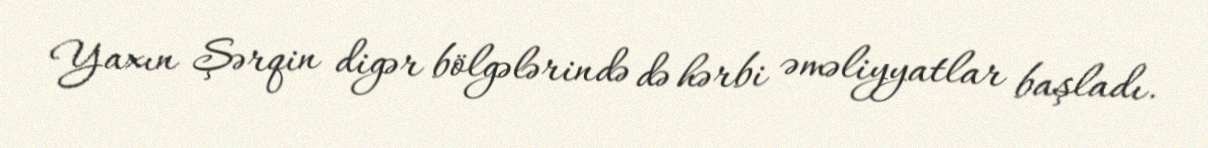
Yaxın Şərqin digər bölgələrində də hərbi əməliyyatlar başladı.